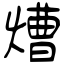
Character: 㷮